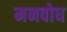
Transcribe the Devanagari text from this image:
मनवोध